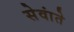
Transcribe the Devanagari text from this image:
सेवांते